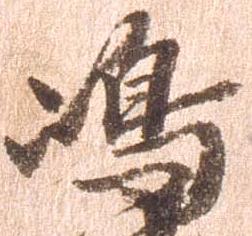
島